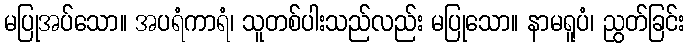
မပြုအပ်သော။ အပရံကာရံ၊ သူတစ်ပါးသည်လည်း မပြုသော။ နာမရူပံ၊ ညွတ်ခြင်း